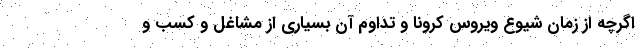
اگرچه از زمان شیوع ویروس کرونا و تداوم آن بسیاری از مشاغل و کسب و